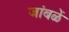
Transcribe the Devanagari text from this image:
जांबळें